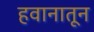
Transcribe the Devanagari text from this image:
हवानातून